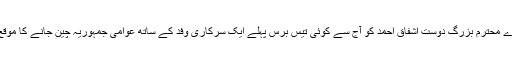
ہمارے محترم بزرگ دوست اشفاق احمد کو آج سے کوئی تیس برس پہلے ایک سرکاری وفد کے ساتھ عوامی جمہوریہ چین جانے کا موقع ملا۔